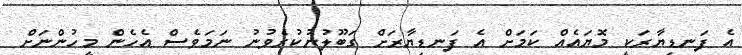
އެ ފަނޑިޔާރަކީ މޮޔައެއް ކަމަށް އެ ފަނޑިޔާރަށް ގަބޫލުނުކުރެވުނު ނަމަވެސް އެހެން މީހުންނަށް